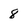
Character: 8